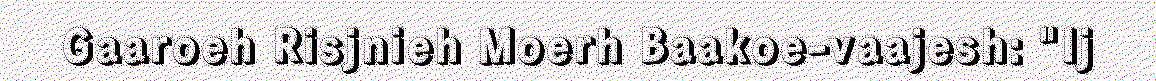
Gaaroeh Risjnieh Moerh Baakoe-vaajesh: "Ij